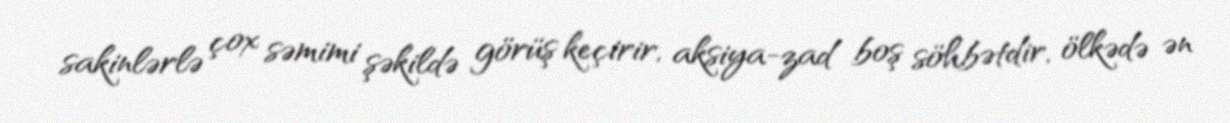
sakinlərlə çox səmimi şəkildə görüş keçirir, aksiya-zad boş söhbətdir, ölkədə ən